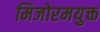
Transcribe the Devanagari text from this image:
मिजोरमयुक्त